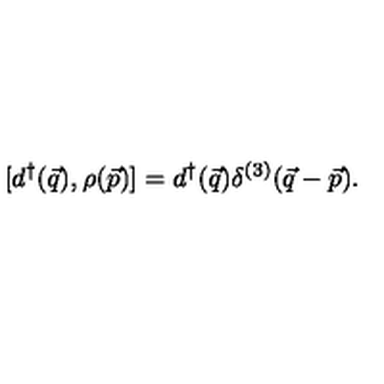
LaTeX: [ d ^ { \dagger } ( \vec { q } ) , \rho ( \vec { p } ) ] = d ^ { \dagger } ( \vec { q } ) \delta ^ { ( 3 ) } ( \vec { q } - \vec { p } ) .